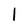
Character: I